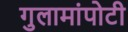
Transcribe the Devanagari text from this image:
गुलामांपोटी